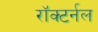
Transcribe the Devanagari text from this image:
रॉक्टर्नल